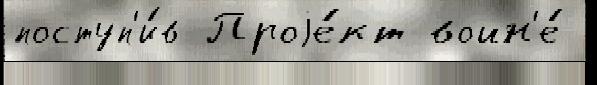
поступ'и́в Проjе́кт войн'е́